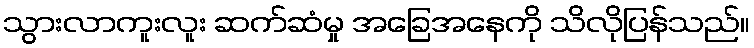
သွားလာကူးလူး ဆက်ဆံမှု အခြေအနေကို သိလိုပြန်သည်။